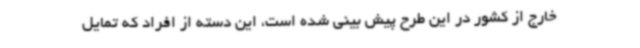
خارج از کشور در این طرح پیش بینی شده است، این دسته از افراد که تمایل